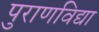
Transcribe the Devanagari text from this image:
पुराणविद्या